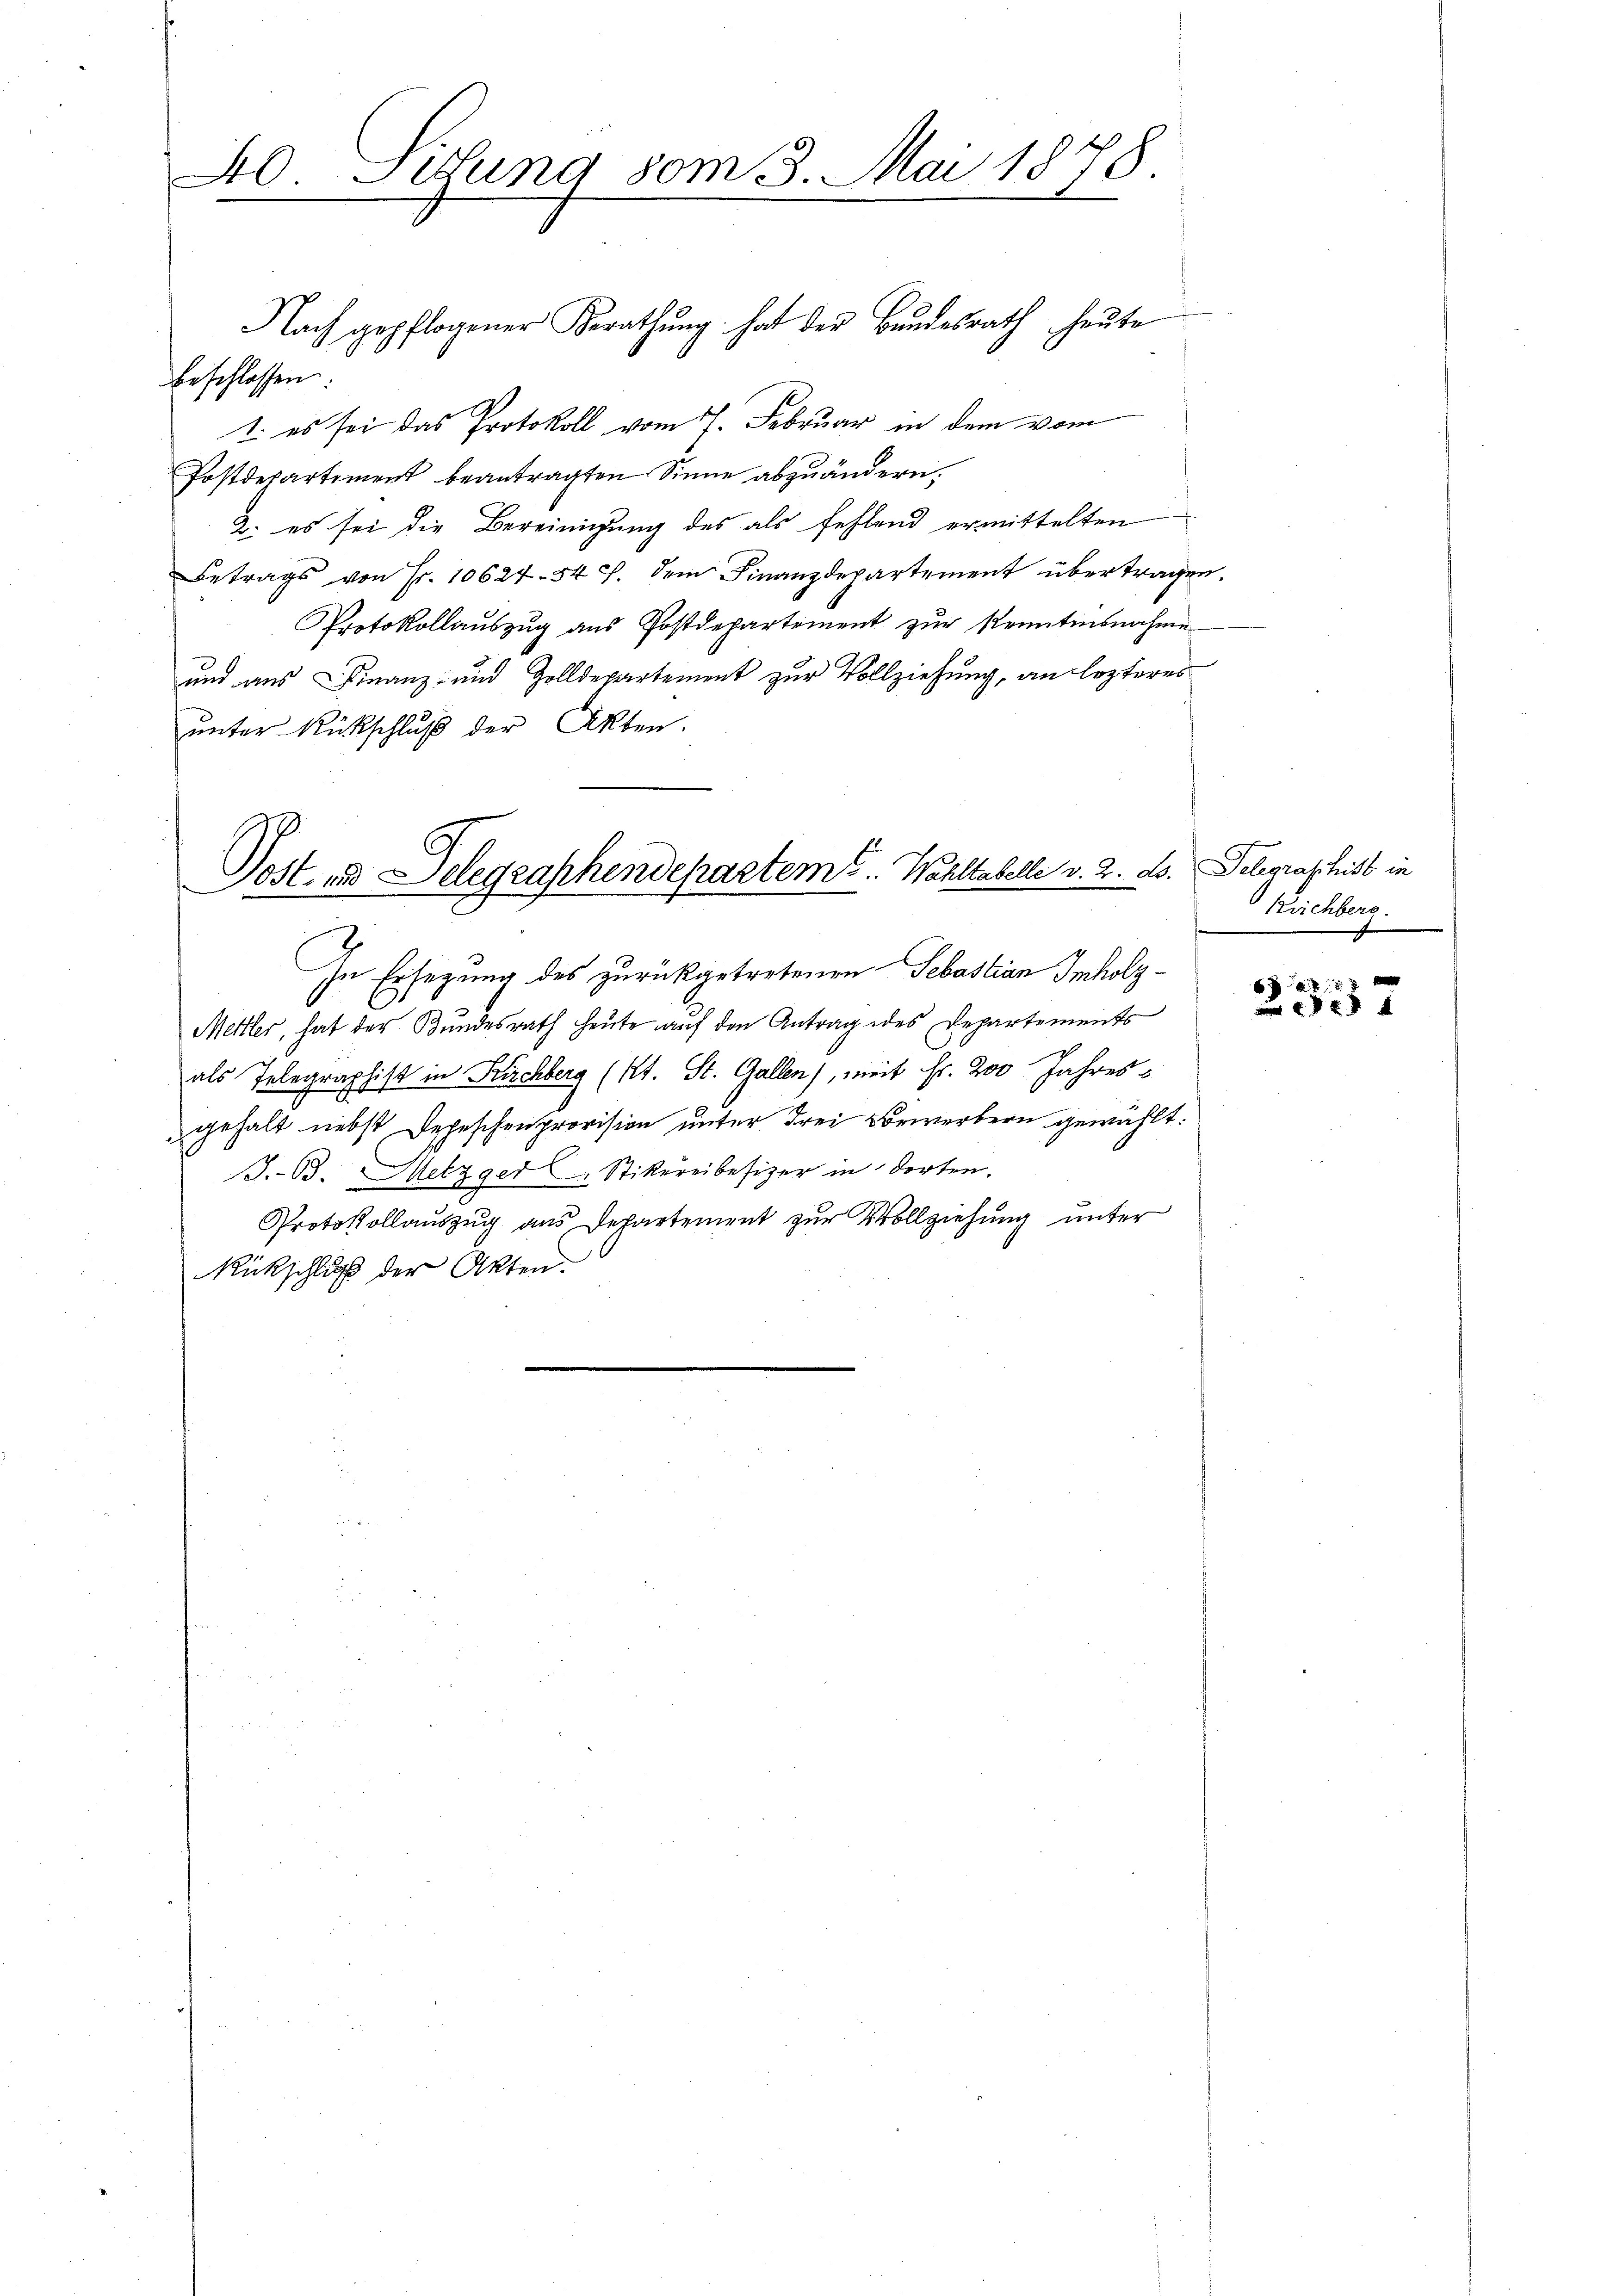
40. Justung vom 3. Mai 1878.

beschlossen:
1. es sei das Protokoll vom 7. Februar in dem vom
Postdepartiment beantragten Sinne abzuändern.
2. es sei die Bereinigung des als fehlend ermittelten
Betrags von Fr. 10624. 54 f. dem Finanzdepartement übertragen.
Protokollaŭszŭg ans Postdepartement zŭr Kenntnisnahme
und aus Finanz- und Zolldepartement zur Vollziehung, an lezteres
ŭnter Rückschlŭβ der Akten.

Nach gepflogener Berathŭng hat der Bŭndesrath heute

Post- und Delegraphendepartem C. Wahltabelle v. 2. ds. Telegraschist in

In Ersezung des zurückgetretenen Sebastian Imholz¬
Mettler, hat der Bundesrath heute auf den Antrag des Departements
als Telegraphist in Kirchberg (lt. St. Gallen), weit Fr. 200 Jahres-
gehalt nebst Depeschenprovision unter drei Vorwerbern gewählt.
J.63. Metzger Stikereibesizer in dorten.
Protokollauszug aus Departement zur Vollziehung unter
Rückschluß der Akten.

Reichberg.

6
357